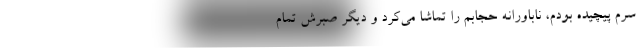
سرم پیچیده بودم، ناباورانه حجابم را تماشا می‌کرد و دیگر صبرش تمام